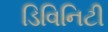
ડિવિનિટી